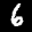
Label: 6